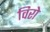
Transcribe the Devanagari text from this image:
विरो